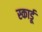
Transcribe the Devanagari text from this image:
स्कार्डू